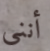
أنني